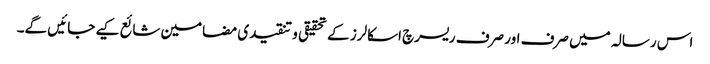
اس رسالہ میں صرف اور صرف ریسرچ اسکالرز کے تحقیقی و تنقیدی مضامین شائع کیے جائیں گے۔